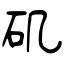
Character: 矶